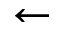
\leftarrow